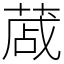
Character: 蒧